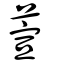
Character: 萱